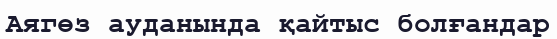
Аягөз ауданында қайтыс болғандар